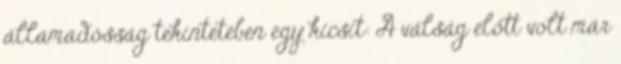
államadósság tekintetében egy kicsit: A válság előtt volt már